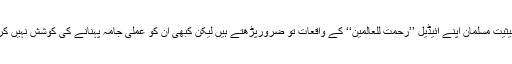
ہم بحیثیت مسلمان اپنے آئیڈیل ’’رحمت للعالمین‘‘ کے واقعات تو ضرورپڑھتے ہیں لیکن کبھی اُن کو عملی جامہ پہنانے کی کوشش نہیں کرتے۔